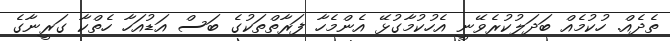
ތެދެއް. ހުކުމެއް ބަދަލުކުރެވޭނީ އެހުކުމާގުޅޭ އެންމެހާ ފަރާތްތަކުގެ ބަސް އަޑުއަހާ ހެތްކާ ގަރީނާގެ